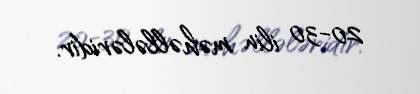
20-30 ilin məhəllələridir.